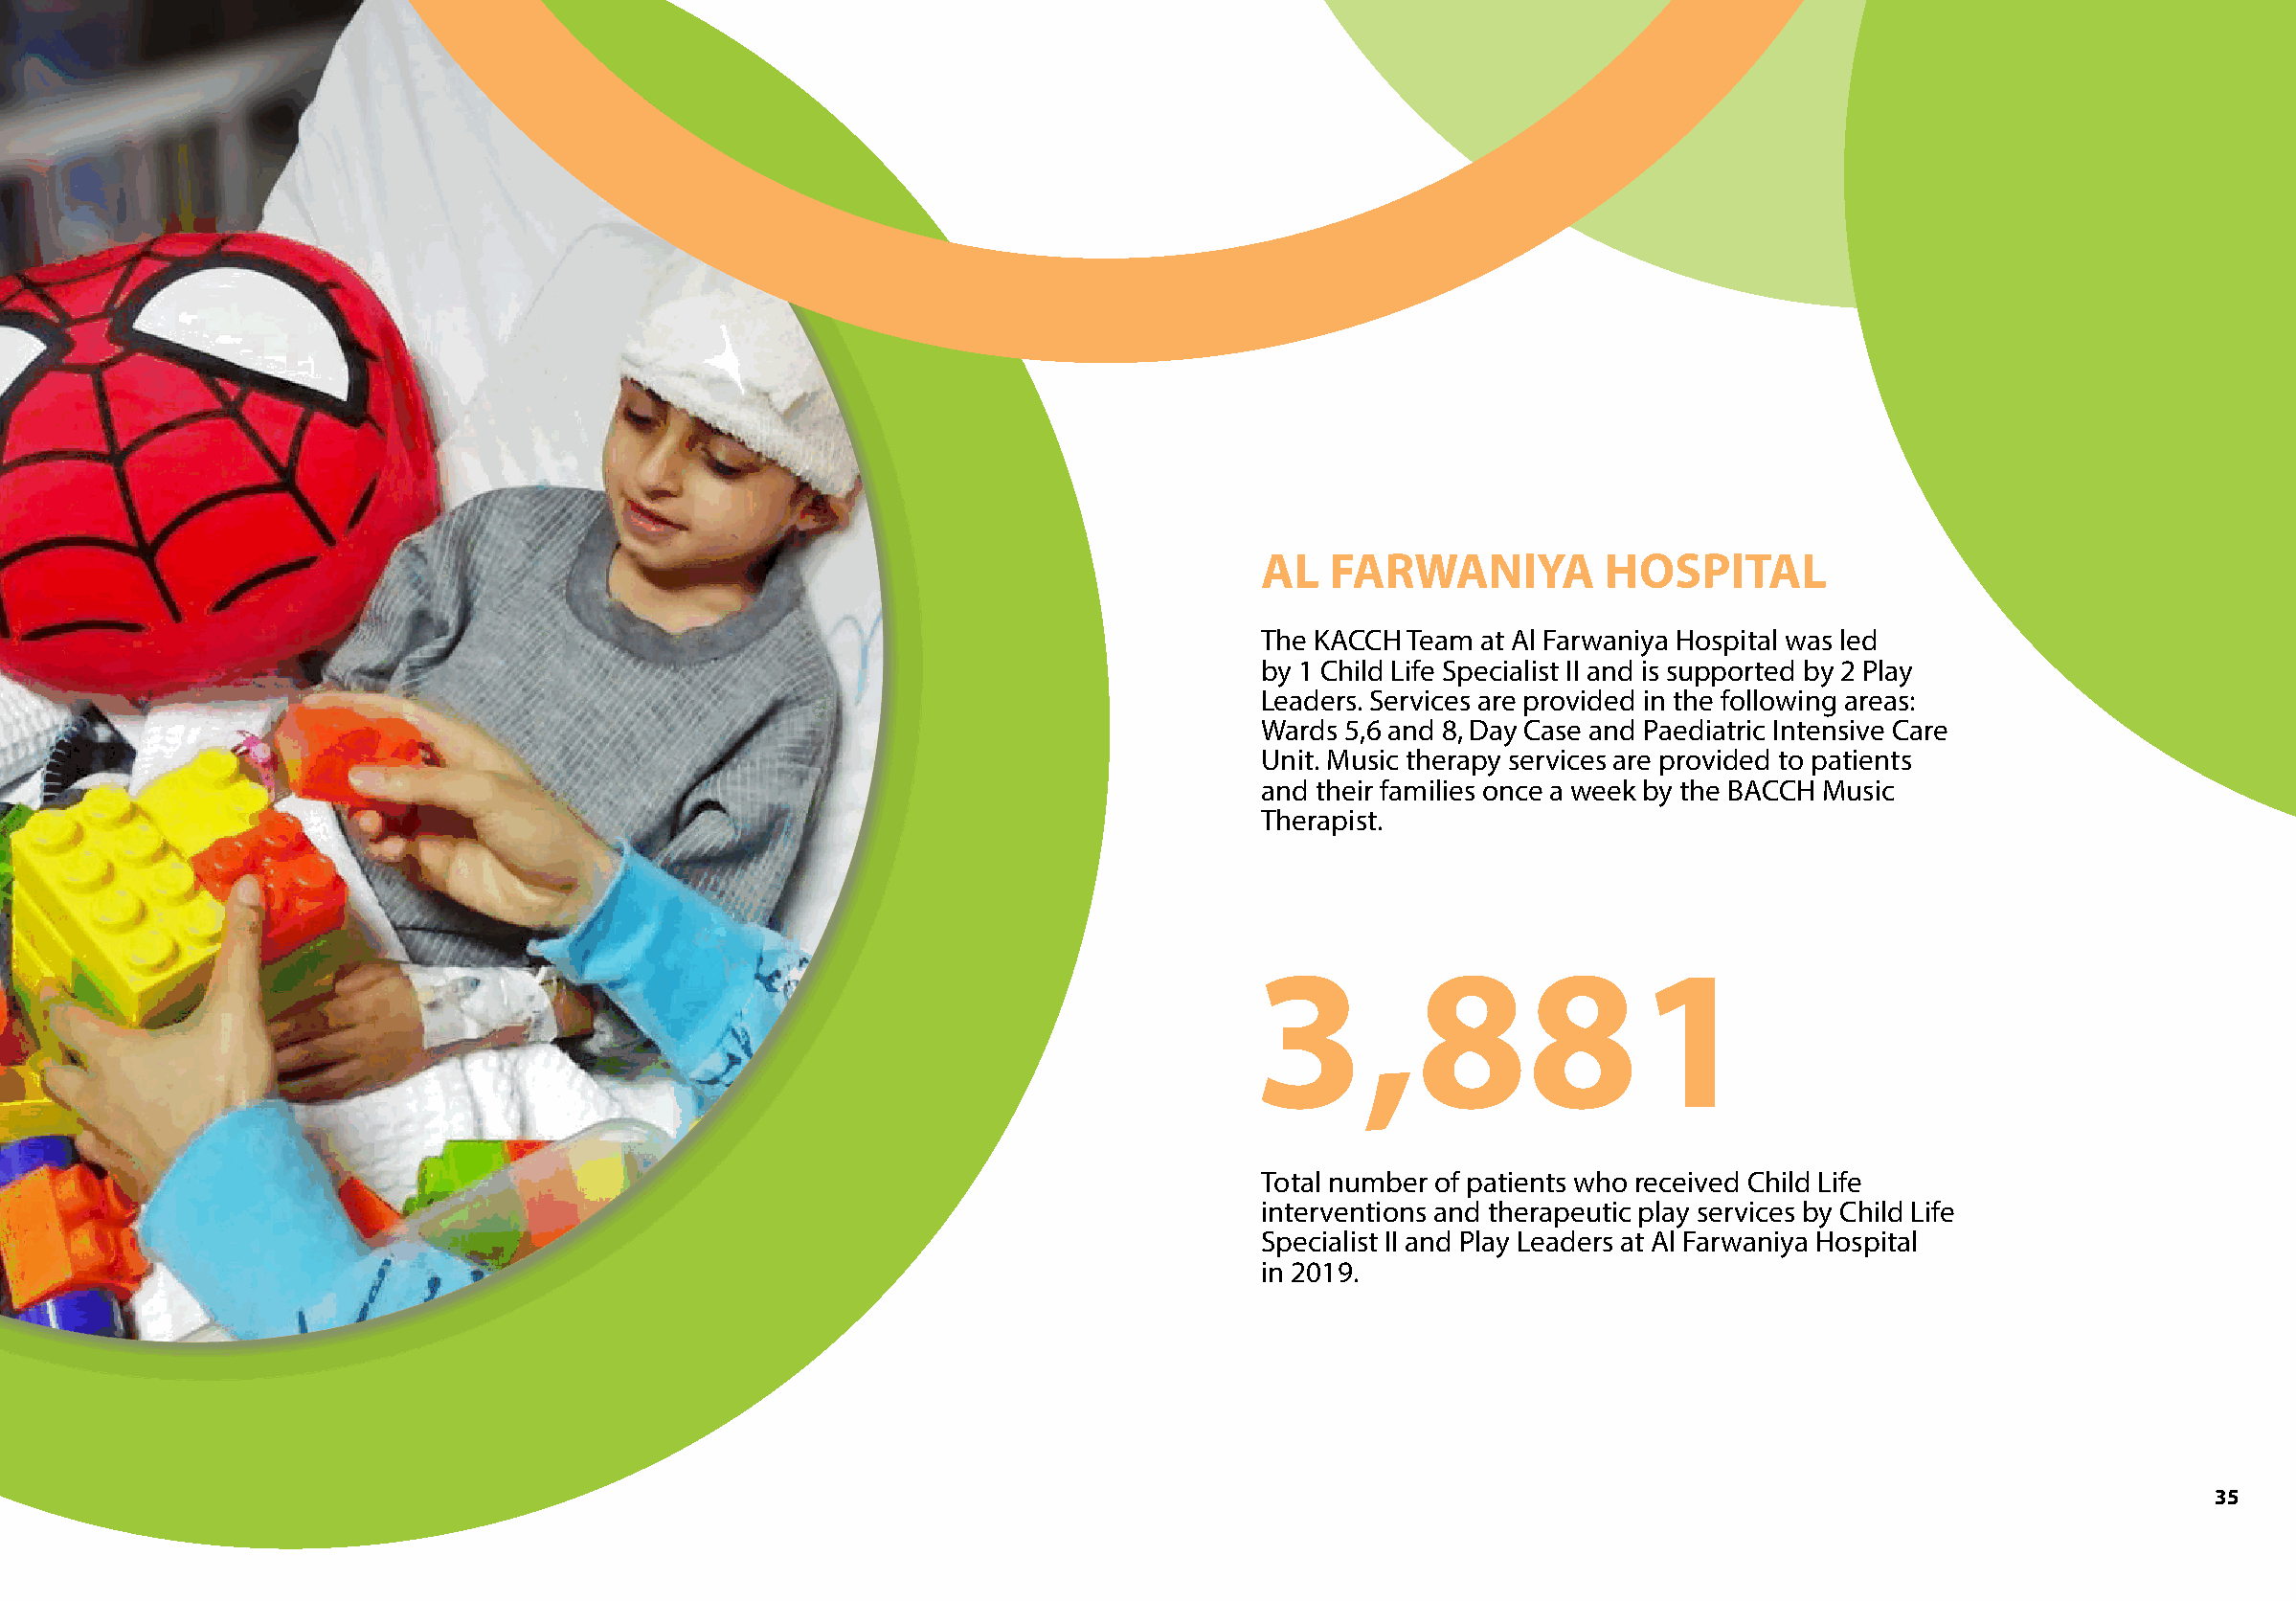
AL   FARWANIYA          HOSPITAL
 The KACCH Team at Al Farwaniya Hospital was led
 by 1 Child Life Specialist II and is supported by 2 Play
 Leaders. Services are provided in the following areas:
 Wards 5,6 and 8, Day Case and Paediatric Intensive Care
 Unit. Music therapy services are provided to patients
 and their families once a week by the BACCH Music
 Therapist.
 3,881
 Total number of patients who received Child Life
 interventions and therapeutic play services by Child Life
 Specialist II and Play Leaders at Al Farwaniya Hospital
 in 2019.
 35